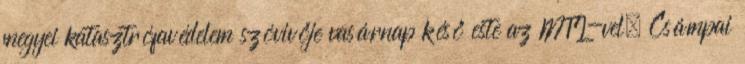
megyei katasztrófavédelem szóvivője vasárnap késő este az MTI-vel. Csámpai